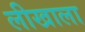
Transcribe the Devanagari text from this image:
लीखाला